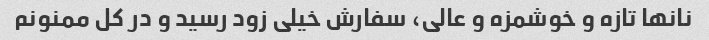
نانها تازه و خوشمزه و عالی، سفارش خیلی زود رسید و در کل ممنونم